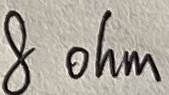
Text: 8 ohm